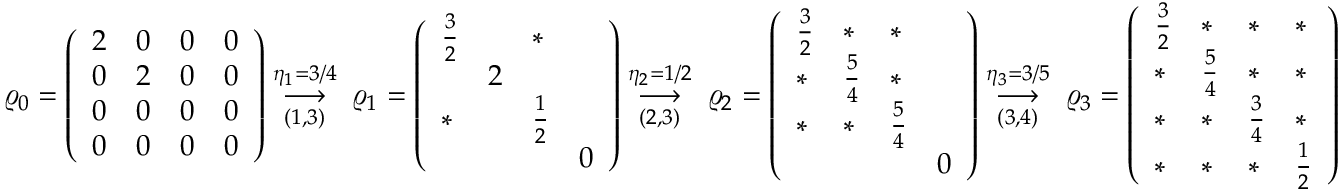
\varrho _ { 0 } = \left( \begin{array} { l l l l } { 2 } & { 0 } & { 0 } & { 0 } \\ { 0 } & { 2 } & { 0 } & { 0 } \\ { 0 } & { 0 } & { 0 } & { 0 } \\ { 0 } & { 0 } & { 0 } & { 0 } \end{array} \right) \overset { \eta _ { 1 } = 3 / 4 } { \underset { ( 1 , 3 ) } { \longrightarrow } } \; \varrho _ { 1 } = \left( \begin{array} { l l l l } { \frac { 3 } { 2 } } & & { * } & \\ & { 2 } & & \\ { * } & & { \frac { 1 } { 2 } } & \\ & & & { 0 } \end{array} \right) \overset { \eta _ { 2 } = 1 / 2 } { \underset { ( 2 , 3 ) } { \longrightarrow } } \; \varrho _ { 2 } = \left( \begin{array} { l l l l } { \frac { 3 } { 2 } } & { * } & { * } & \\ { * } & { \frac { 5 } { 4 } } & { * } & \\ { * } & { * } & { \frac { 5 } { 4 } } & \\ & & & { 0 } \end{array} \right) \overset { \eta _ { 3 } = 3 / 5 } { \underset { ( 3 , 4 ) } { \longrightarrow } } \; \varrho _ { 3 } = \left( \begin{array} { l l l l } { \frac { 3 } { 2 } } & { * } & { * } & { * } \\ { * } & { \frac { 5 } { 4 } } & { * } & { * } \\ { * } & { * } & { \frac { 3 } { 4 } } & { * } \\ { * } & { * } & { * } & { \frac { 1 } { 2 } } \end{array} \right)